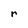
Character: r